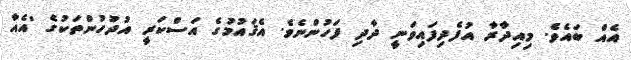
އެއް ބައެވެ. މިއިދާރާ އުފެދިފައިވަނީ ދާދި ފަހުންނެވެ. އެޤައުމުގެ އަސްކަރީ އުދުހުންތަކުގެ 'އެއާ